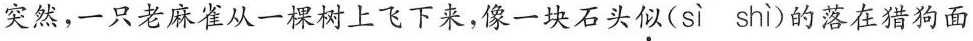
突然，一只老麻雀从一棵树上飞下来，像一块石头似(sì shì)的落在猎狗面